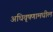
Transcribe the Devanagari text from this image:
अधिवृषणामधील